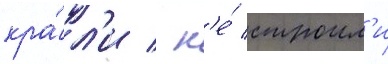
кра́л'и / н'е́ строил'и